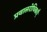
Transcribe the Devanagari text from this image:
प्रवालरोधिकाएँ